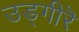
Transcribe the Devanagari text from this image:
उड्गीरॆ